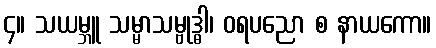
၄။ သယမ္ဘူ သမ္မာသမ္ဗုဒ္ဓါ၊ ဝရပညော စ နာယကော။